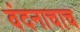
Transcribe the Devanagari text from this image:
वंदनाचाच